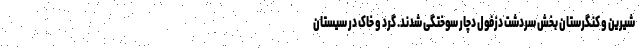
شیرین و کنگرستان بخش سردشت دزفول دچار سوختگی شدند. گرد و خاک در سیستان